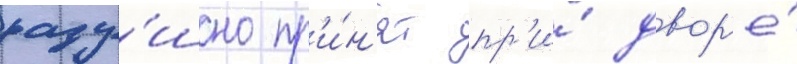
раду́шно пр'и́н'ят пр'и́ двор'е́